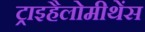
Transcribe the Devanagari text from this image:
ट्राइहैलोमीथेंस